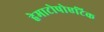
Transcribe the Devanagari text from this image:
हेमाटोपोएटिक